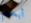
أبعدهم